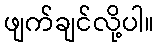
ဖျက်ချင်လို့ပါ။